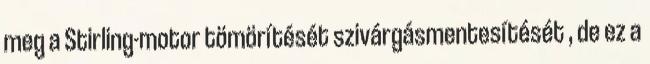
meg a Stirling-motor tömörítését szivárgásmentesítését , de ez a